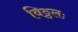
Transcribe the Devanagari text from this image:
विठ्ठलः